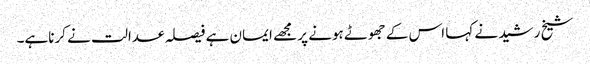
شیخ رشید نے کہا اس کے جھوٹے ہونے پر مجھے ایمان ہے فیصلہ عدالت نے کرناہے۔